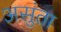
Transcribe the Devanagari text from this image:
असुंता